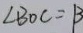
\angle B O C = B